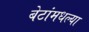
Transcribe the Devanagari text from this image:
बेटांमधल्या